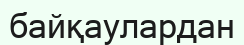
байқаулардан